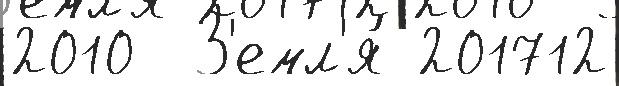
2010  З'емл'я́ 201712